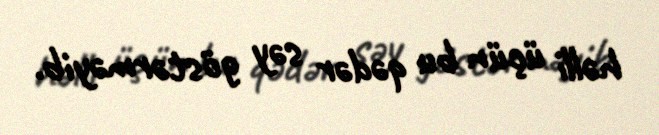
həlli üçün bu qədər səy göstərməyib.